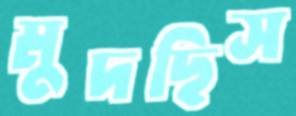
মুদছিস